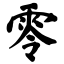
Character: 零